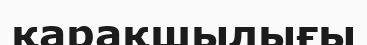
қарақшылығы